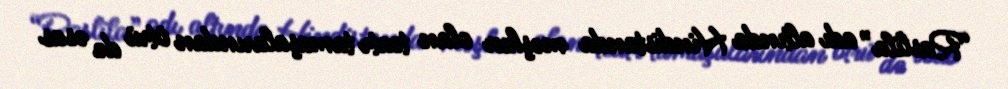
“Raslila” adı altında Hindistanda məşhur olan teatr tamaşalarından ötrü də əsas